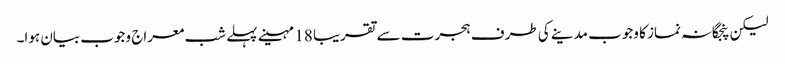
لیکن پنجگانہ نماز کا وجوب مدینے کی طرف ہجرت سے تقریبا 18 مہینے پہلے شب معراج وجوب بیان ہوا۔